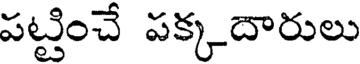
పట్టించే పక్కదారులు